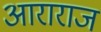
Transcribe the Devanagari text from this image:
आराराज